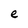
Character: e